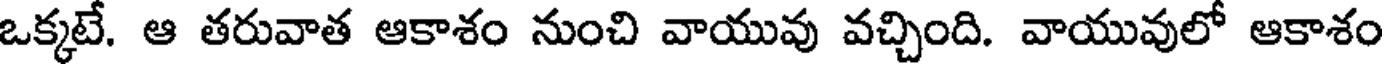
ఒక్కటే. ఆ తరువాత ఆకాశం నుంచి వాయువు వచ్చింది. వాయువులో ఆకాశం